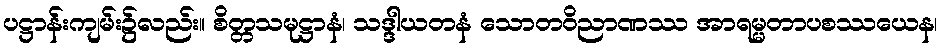
ပဋ္ဌာန်းကျမ်း၌လည်း။ စိတ္တသမုဋ္ဌာနံ၊ သဒ္ဒါယတနံ သောတဝိညာဏဿ အာရမ္မတာပစဿယေန၊